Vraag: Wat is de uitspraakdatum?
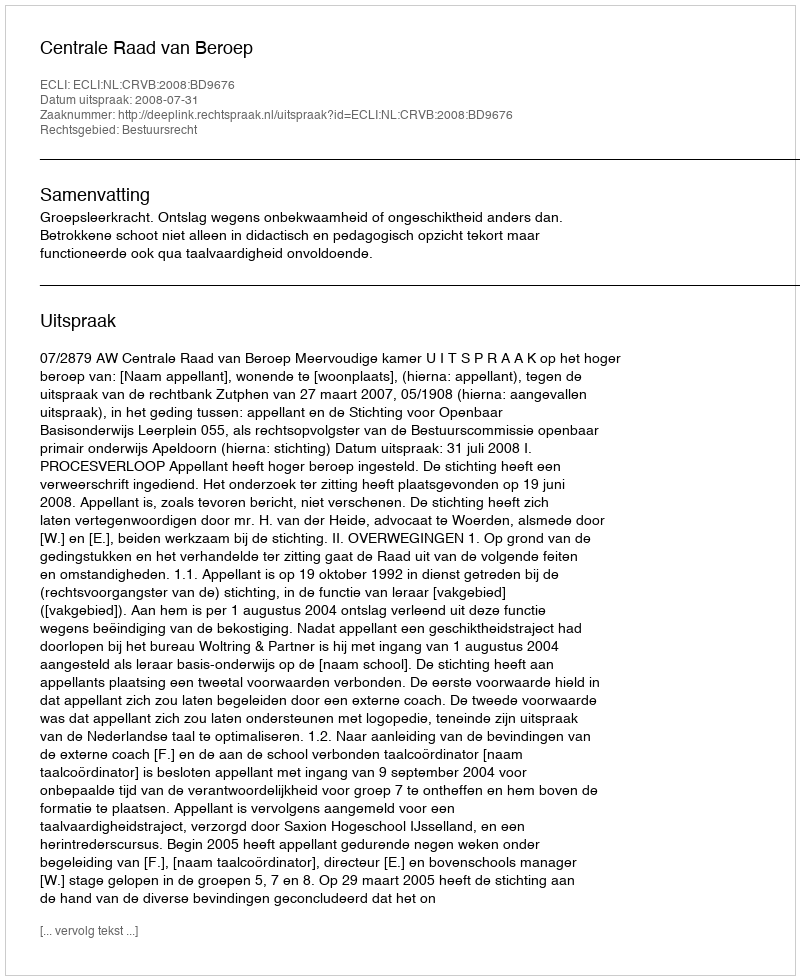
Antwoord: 2008-07-31